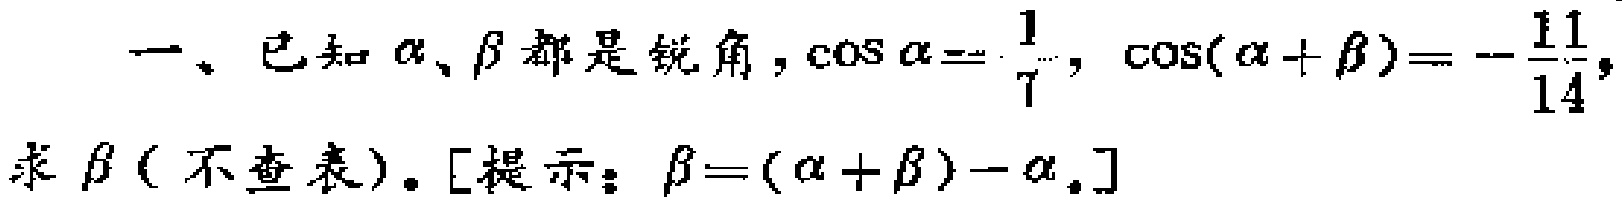
一、已知\(\alpha、\beta\)都是锐角，\(\cos\alpha = \frac{1}{7}\)，\(\cos(\alpha + \beta)=-\frac{11}{14}\)，求\(\beta\)（不查表）。[提示：\(\beta = (\alpha + \beta)-\alpha\)。]